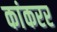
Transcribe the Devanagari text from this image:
कांकरर